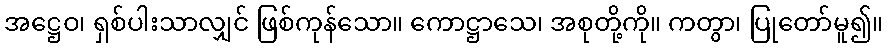
အဋ္ဌေဝ၊ ရှစ်ပါးသာလျှင် ဖြစ်ကုန်သော။ ကောဋ္ဌာသေ၊ အစုတို့ကို။ ကတွာ၊ ပြုတော်မူ၍။